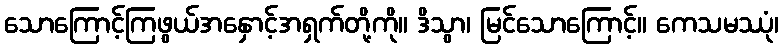
သောကြောင့်ကြဖွယ်အနှောင့်အရှက်တို့ကို။ ဒိသွာ၊ မြင်သောကြောင့်။ ကေသမဿုံ၊